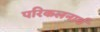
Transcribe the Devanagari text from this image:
परिकलनार्थ